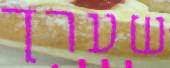
שערך